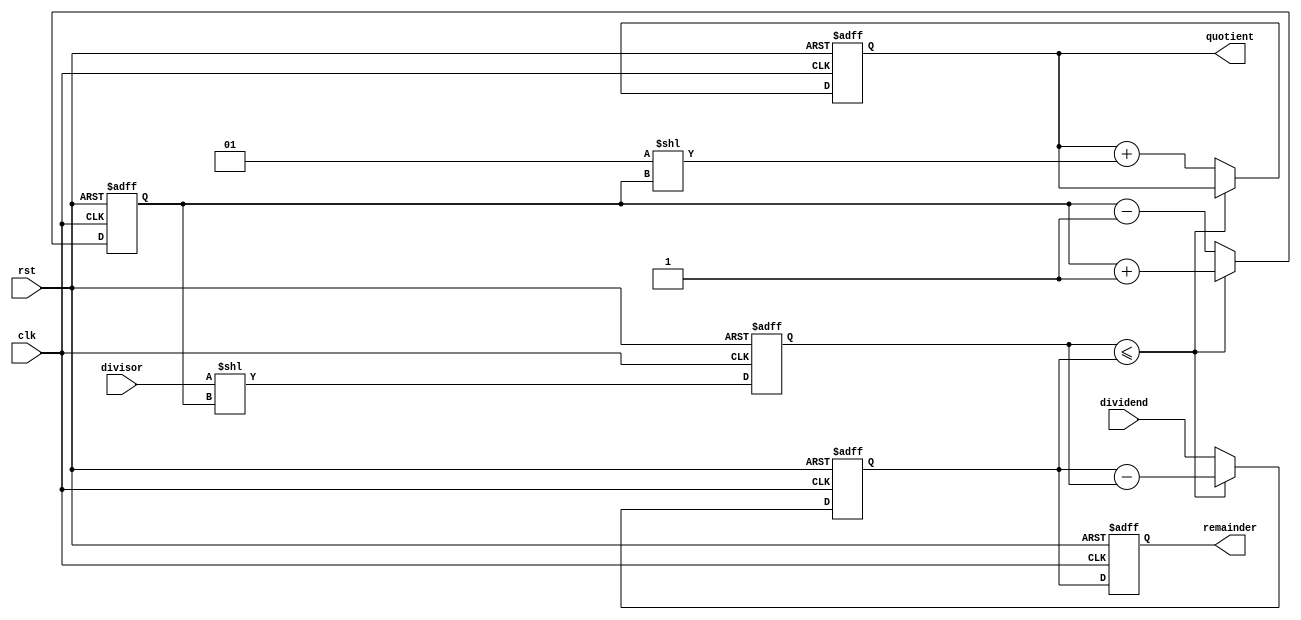
module shift_subtract_divider (
    input clk,
    input rst,
    input signed [31:0] dividend,
    input signed [31:0] divisor,
    output reg signed [31:0] quotient,
    output reg signed [31:0] remainder
);

reg [31:0] temp_dividend;
reg [31:0] temp_divisor;
reg [4:0] shift_count;

always @(posedge clk or posedge rst) begin
    if (rst) begin
        temp_dividend <= 0;
        temp_divisor <= 0;
        shift_count <= 0;
        quotient <= 0;
        remainder <= 0;
    end else begin
        temp_dividend <= dividend;
        temp_divisor <= divisor << shift_count;
        if(temp_divisor <= temp_dividend) begin
            temp_dividend <= temp_dividend - temp_divisor;
            shift_count <= shift_count + 1;
        end else begin
            quotient <= quotient + (1 << shift_count);
            shift_count <= shift_count - 1;
        end
        remainder <= temp_dividend;
    end
end

endmodule